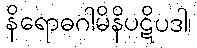
နိရောဓဂါမိနိပဋိပဒါ၊